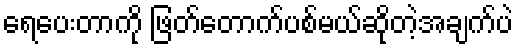
ရေပေးတာကို ဖြတ်တောက်ပစ်မယ်ဆိုတဲ့အချက်ပဲ